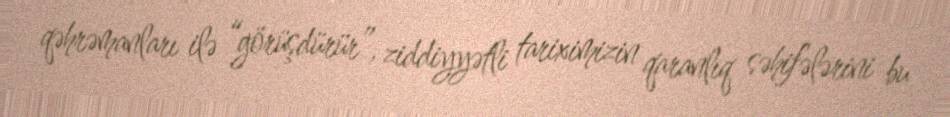
qəhrəmanları ilə “görüşdürür”, ziddiyyətli tariximizin qaranlıq səhifələrini bu